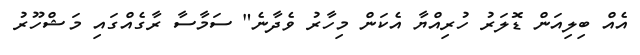
އެއް ބިލިއަން ޑޮލަރު ހުރިއްޔާ އެކަން މިހާރު ވެދާނެ" ސަމާސާ ރާގެއްގައި މަޝްހޫރު